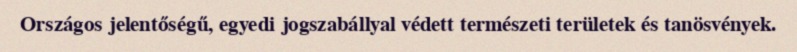
Országos jelentőségű, egyedi jogszabállyal védett természeti területek és tanösvények.